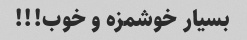
بسیار خوشمزه و خوب!!!